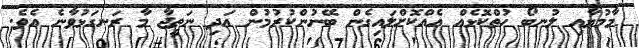
މާމުޔާއި ލުނބޯ ހުތްކޮޅެއް އެއްކޮށްލައިގެން ބޭނުންކުރުމުން އަދި ނަތީޖާ މާ ރަނގަޅުވާނެ އެވެ.